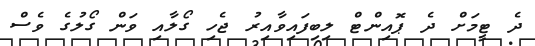
ދެ ޓީމަށް ދެ ޕޮއިންޓް ލިބިފައިވާއިރު ޖެހި ގޯލާއި ވަން ގޯލުގެ ވެސް